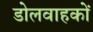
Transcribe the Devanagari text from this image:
डोलवाहकों